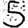
Digit: 5